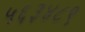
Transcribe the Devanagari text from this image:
५६३४८९